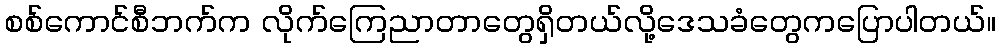
စစ်ကောင်စီဘက်က လိုက်ကြေညာတာတွေရှိတယ်လို့ဒေသခံတွေကပြောပါတယ်။